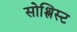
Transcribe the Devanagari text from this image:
सोश्लिस्ट